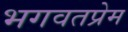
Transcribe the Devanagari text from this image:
भगवतप्रेम